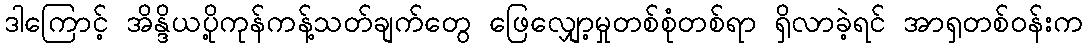
ဒါကြောင့် အိန္ဒိယပို့ကုန်ကန့်သတ်ချက်တွေ ဖြေလျှော့မှုတစ်စုံတစ်ရာ ရှိလာခဲ့ရင် အာရှတစ်ဝန်းက